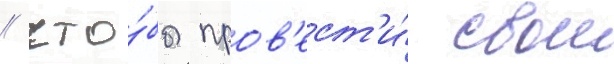
/ что́бы пров'ест'и́ свои